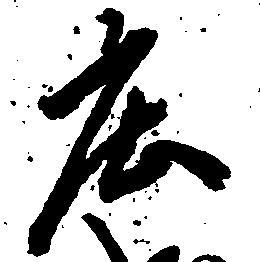
庄